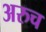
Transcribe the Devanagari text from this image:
अरुच